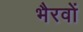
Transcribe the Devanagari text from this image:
भैरवों